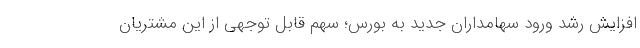
افزایش رشد ورود سهامداران جدید به بورس؛ سهم قابل توجهی از این مشتریان